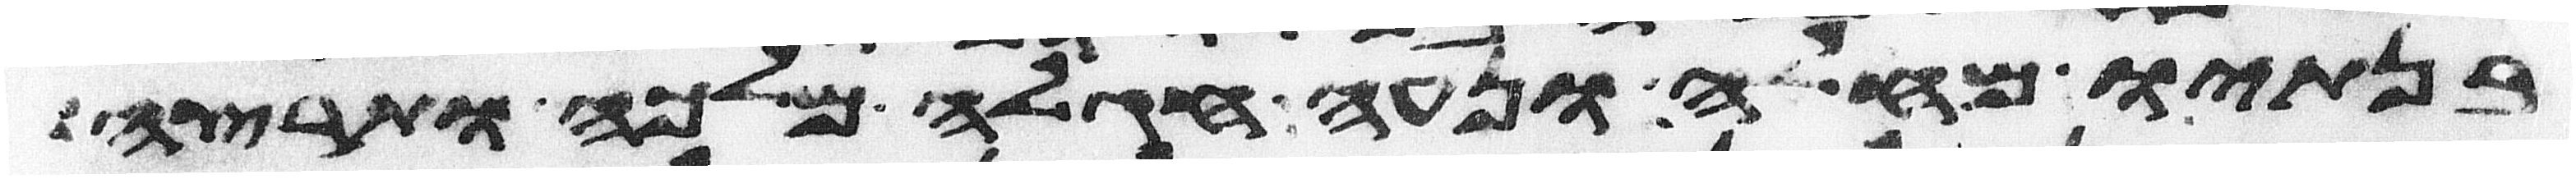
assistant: בנתיו מחלה ונעה חגלה מלכה ותרצה